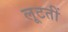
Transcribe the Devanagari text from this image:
लूटतीं